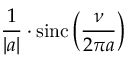
{ \frac { 1 } { | a | } } \cdot \operatorname { s i n c } \left( { \frac { \nu } { 2 \pi a } } \right)